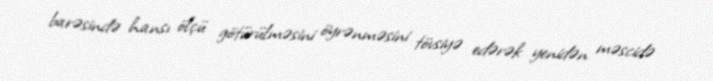
barəsində hansı ölçü götürülməsini öyrənməsini tövsiyə edərək yenidən məscidə